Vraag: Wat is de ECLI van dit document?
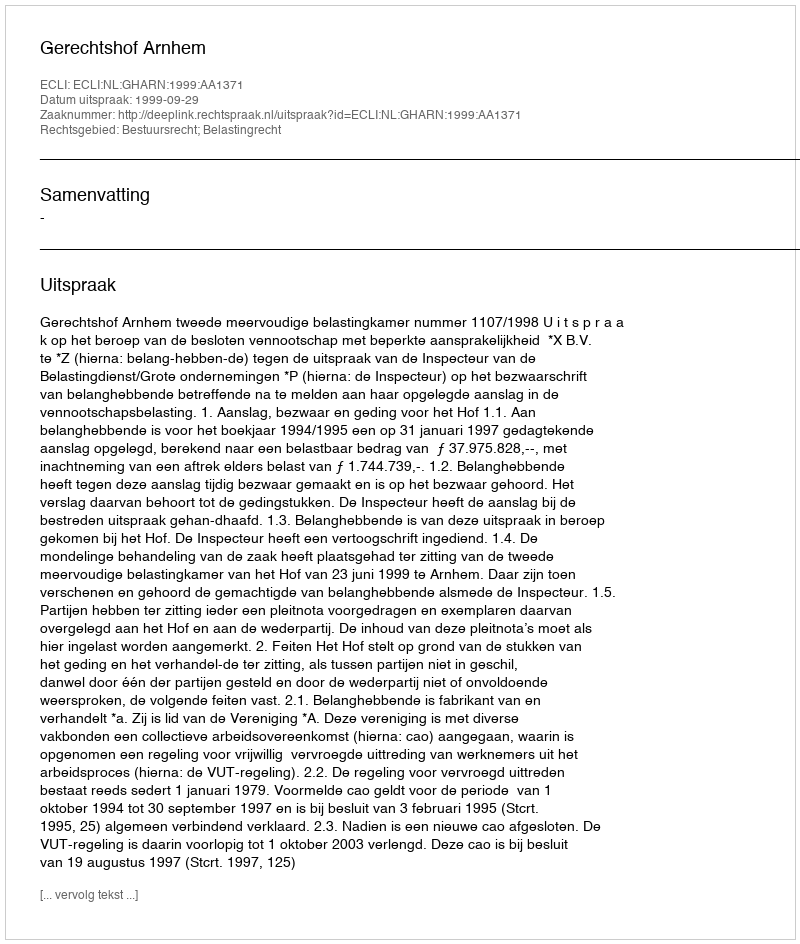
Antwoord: ECLI:NL:GHARN:1999:AA1371